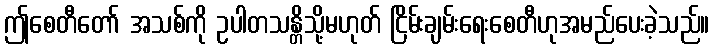
ဤစေတီတော် အသစ်ကို ဥပါတသန္တိသို့မဟုတ် ငြိမ်းချမ်းရေးစေတီဟုအမည်ပေးခဲ့သည်။